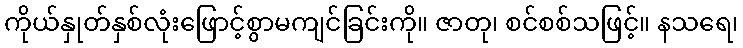
ကိုယ်နှုတ်နှစ်လုံးဖြောင့်စွာမကျင်ခြင်းကို။ ဇာတု၊ စင်စစ်သဖြင့်။ နသရေ၊